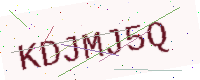
Text: KDJMJ5Q